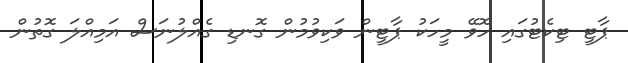
ޕާޓީ ޓިކެޓުގައި ހޮވޭ މީހަކު ޕާޓީން ވަކިވުމުން ގޮނޑި ގެއްލުނަސް އަމިއްލަ ގޮތުން